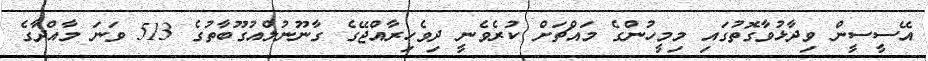
އޭސީސީން ވިދާޅުވާގޮތުގައި މިމީހުންގެ މައްޗަށް ކުރެވެނީ ދިވެހިރާއްޖޭގެ ގާނޫނުލްއުގޫބާތުގެ 513 ވަނަ މާއްދާގެ